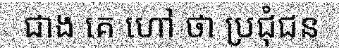
ជាង គេ ហៅ ថា ប្រជុំជន